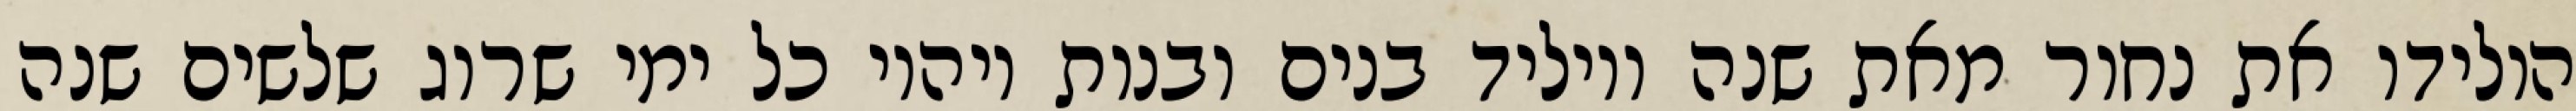
הולידו את נחור מאת שנה ויוליד בנים ובנות ויהיו כל ימי שרוג שלשים שנה